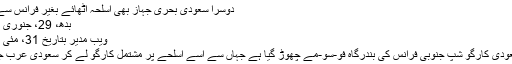
دوسرا سعودی بحری جہاز بھی اسلحہ اٹھائے بغیر فرانس سے واپس
بدھ، 29، جنوری 2020
ویب مدیر بتاریخ 31، مئی 2019
ایک سعودی کارگو شپ جنوبی فرانس کی بندرگاہ فو-سو-مے چھوڑ گیا ہے جہاں سے اسے اسلحے پر مشتمل کارگو لے کر سعودی عرب جانا تھا۔